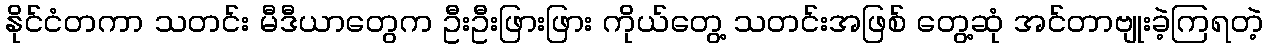
နိုင်ငံတကာ သတင်း မီဒီယာတွေက ဦးဦးဖြားဖြား ကိုယ်တွေ့ သတင်းအဖြစ် တွေ့ဆုံ အင်တာဗျုးခဲ့ကြရတဲ့